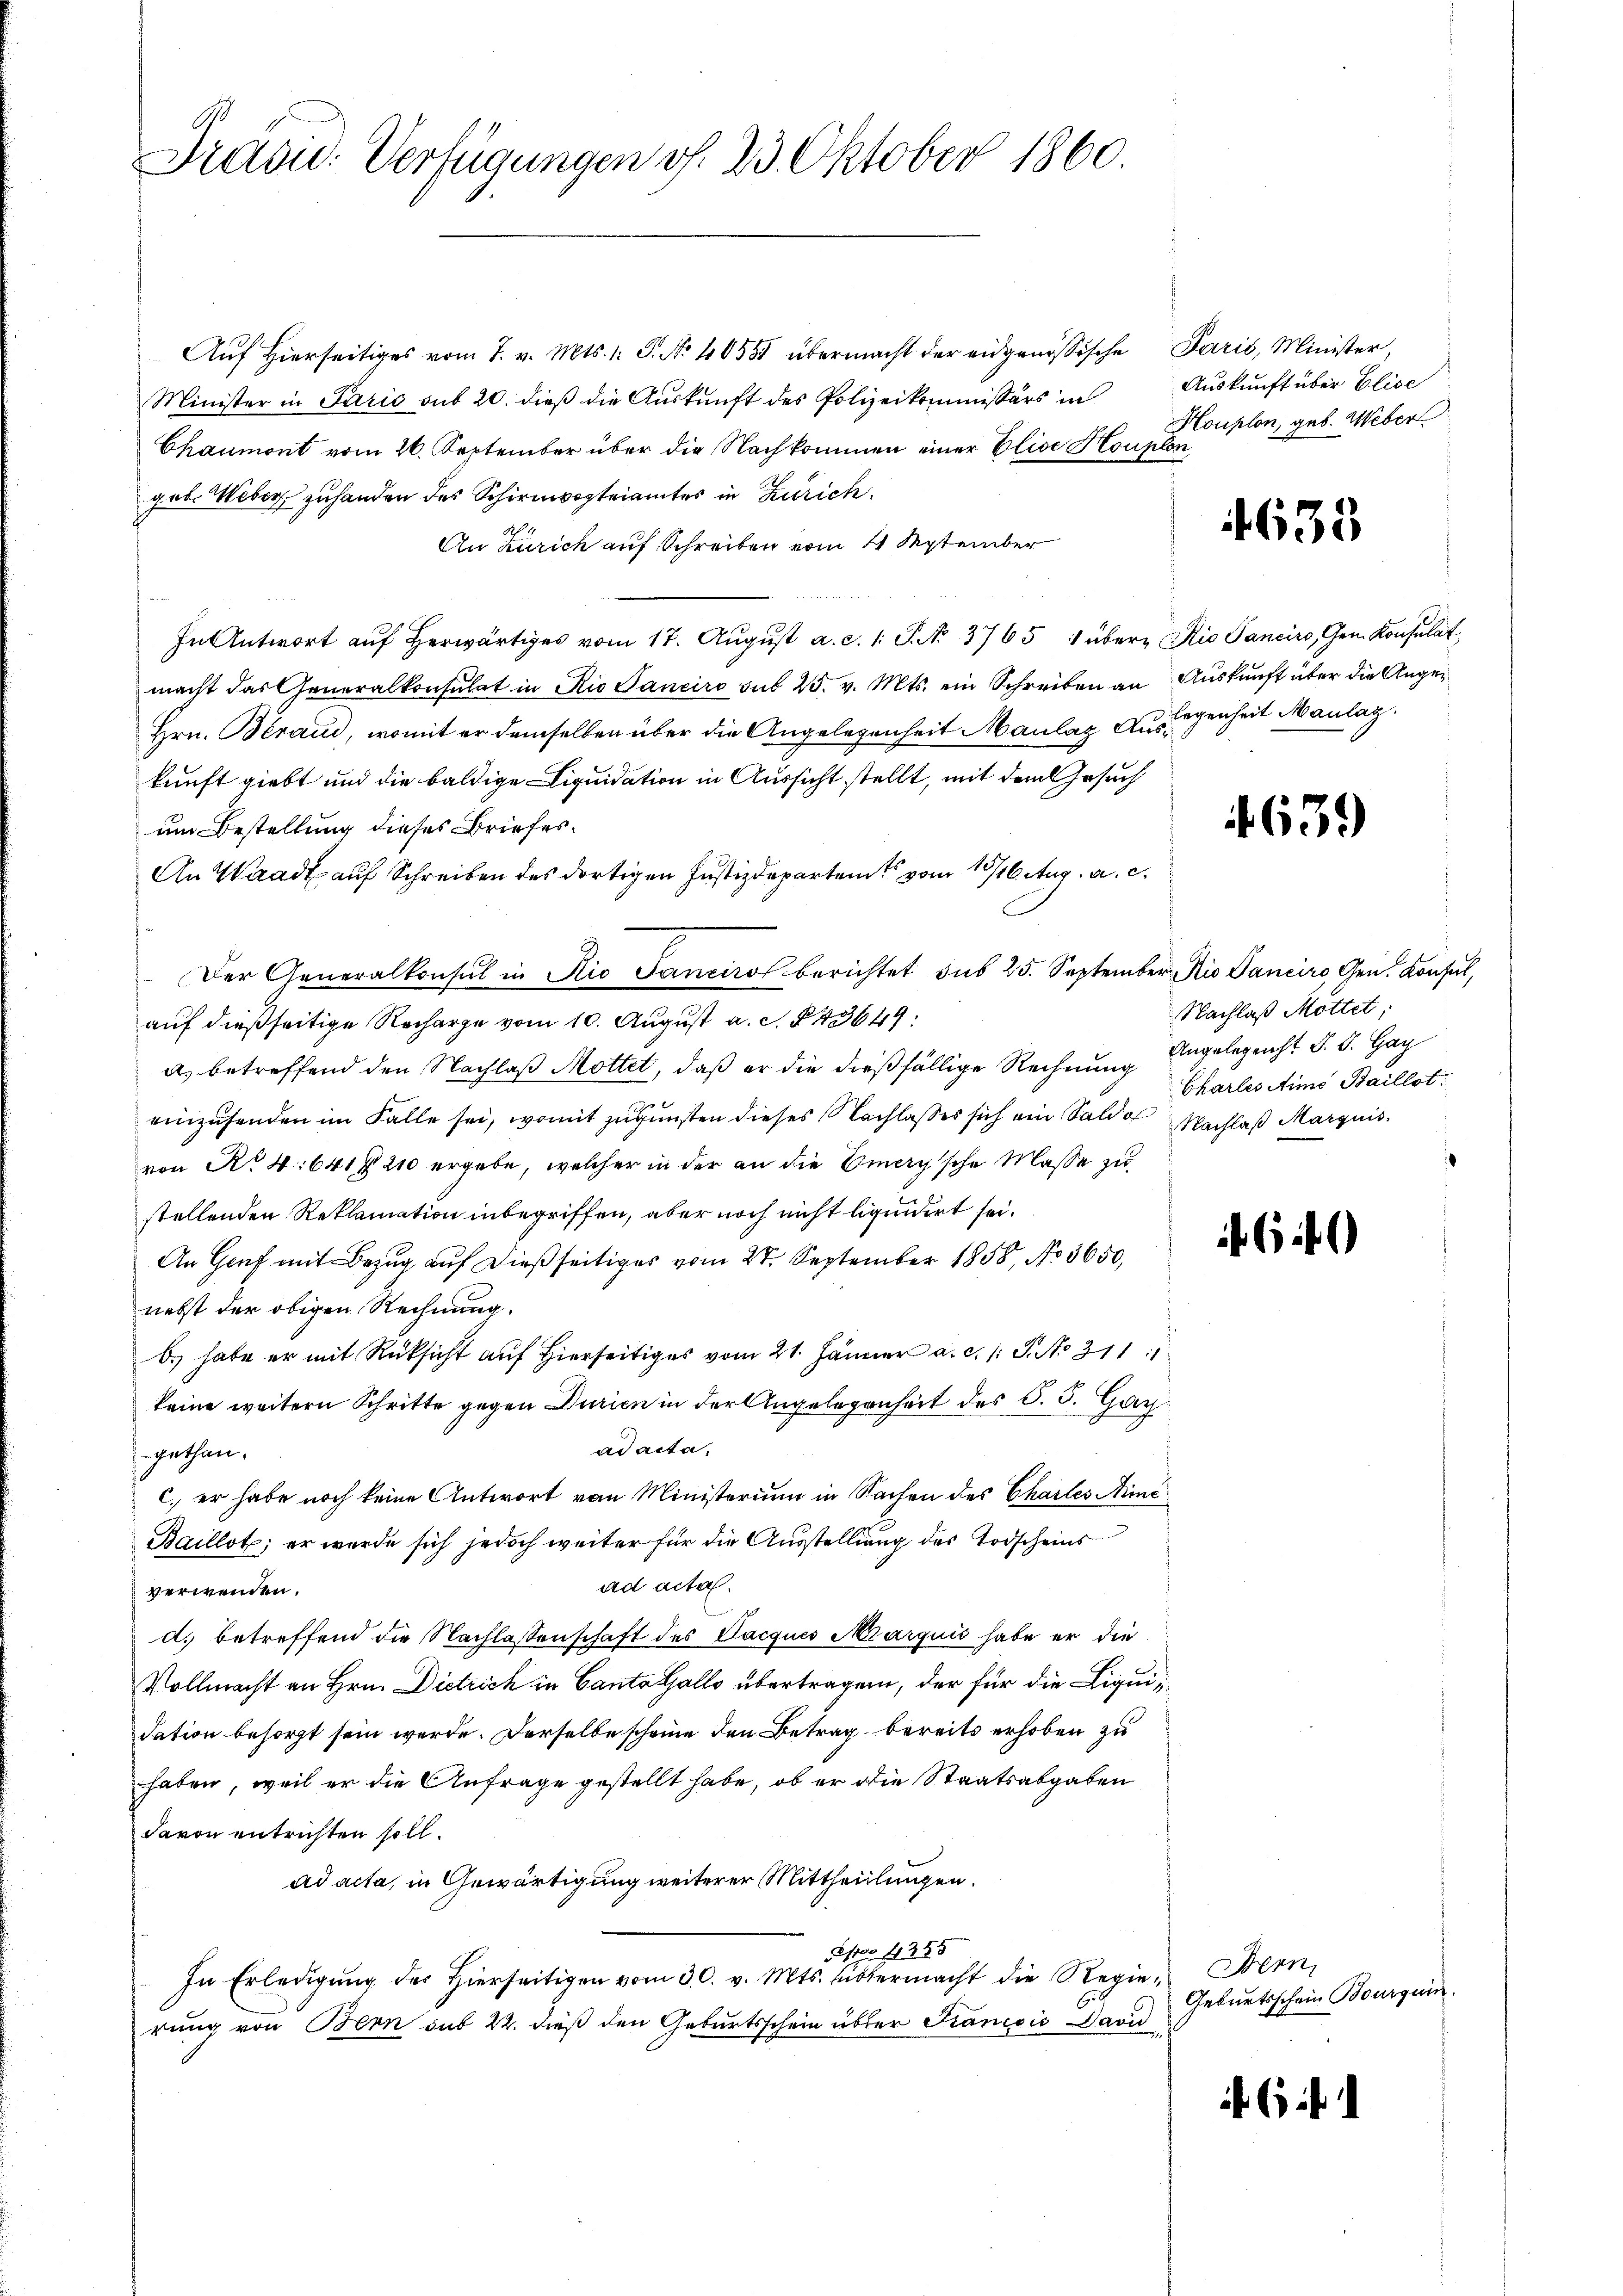
Präsid. Verfügungen v. 23. Oktober 1860.

Aŭf Hierseitiges vom 7. v. Mts. 1. S. No. 46555 übermacht der eidgenössische Paris, Minister,
Minister in Parić aus 20. dieß die Auskunft des Polizeikommissärs in
Chaumont vom 26. September über die Nachkommen einer Elise Houpten
geb. Weber zu handen des Schirmvogteiamtes in Zürich
An Zürich auf Schreiben vom 4 September
In Antwort aŭf herwärtiges vom 17. Aŭgŭst a. c. 1. P. No. 3765 1 übern Rio Panciro, Gem. Konsulat,
macht das Generalkonsulat in Rio Sanciro sub 25. v. Mts. ein Schreiben an Auskunft über die Ange¬
Hrn. Beraus, womit er demselben über die Angelegenheit Maulaz Auslegenheit Maulag
kunft giebt und die baldige Liquidation in Aussicht stellt, mit dem Gesuch
um Bestellung dieses Briefes.
An Waadt auf Schreiben des dortigen Justizdeparten vom 10/16. Aug. a. c.
Der Generalkonsul in Rio Sanciro berichtet sub 25. September Rio Sancirs, Gen. Konsul,
auf dießseitige Recharge vom 10. August a. c. § 43649:
a) betreffend den Nachlaß Mottet, daß er die dießfällige Rechnung Angelegenht S. S. Gay
einzusenden im Falle sei, womit zugunsten dieses Nachlasses sich ein Saldo Nachlaß Marquis
von No 4: 641 f 210 ergebe, welcher in der an die Energische Masse zu
stellenden Reklamation inbegriffen, aber noch nicht liquidirt sei.
An Genf mit Bezug auf dießseitiges vom 28. September 1858, No 3650,
nebst der obigen Rechnung.
b. habe er mit Rücksicht auf Hierseitiges vom 21. Jänner a. c. 1 S. No 311 1
keine weitern Schritte gegen Durien in der Angelegenheit des §. 5. Garad acta,
gethan.
c. er habe noch keine Antwort von Ministerium in Sachen des Charles Mime
Baillot; er wurde sich jedoch weiter für die Ausstellung des Todscheins
ad acta.
verwenden.
d. betreffend die Nachlassenschaft des Pacques Marquis habe er die
Vollmacht an Hrn. Dietrich in Canto Gallo übertragen, der für die Liquidation besorgt sein werde. Derselbe scheine den Betrag bereits erhoben zu
haben, weil er die Anfrage gestellt habe, ob er die Staatsabgaben
davon entrichten soll.
ad acta, in Gewärtigung weiterer Mittheillungen.
Sepoo 4355
In Erledigŭng der hierseitigen vom 30. v. Mts. übermacht die Regie-Bern,
rung von Bern sub 22. dieß den Geburtsschein über Krancois Savi

Auskunft über Elise
Houplon, geb. Weber

4633

639

Nachlaß Mottet;
Charles Aims Baillot.

64)

Geburtsschein Bourquin